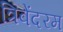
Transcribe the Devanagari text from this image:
त्रिवेंदरम